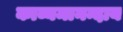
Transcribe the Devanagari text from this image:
काव्यमानन्दाय